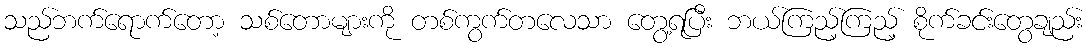
သည်ဘက်ရောက်တော့ သစ်တောများကို တစ်ကွက်တလေသာ တွေ့ရပြီး ဘယ်ကြည့်ကြည့် စိုက်ခင်းတွေချည်း